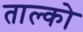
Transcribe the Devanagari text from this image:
ताल्को